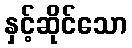
နှင့်ဆိုင်သော